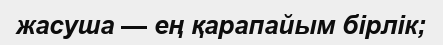
жасуша — ең қарапайым бірлік;